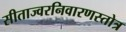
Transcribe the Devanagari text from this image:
सीताज्वरनिवारणस्तोत्र